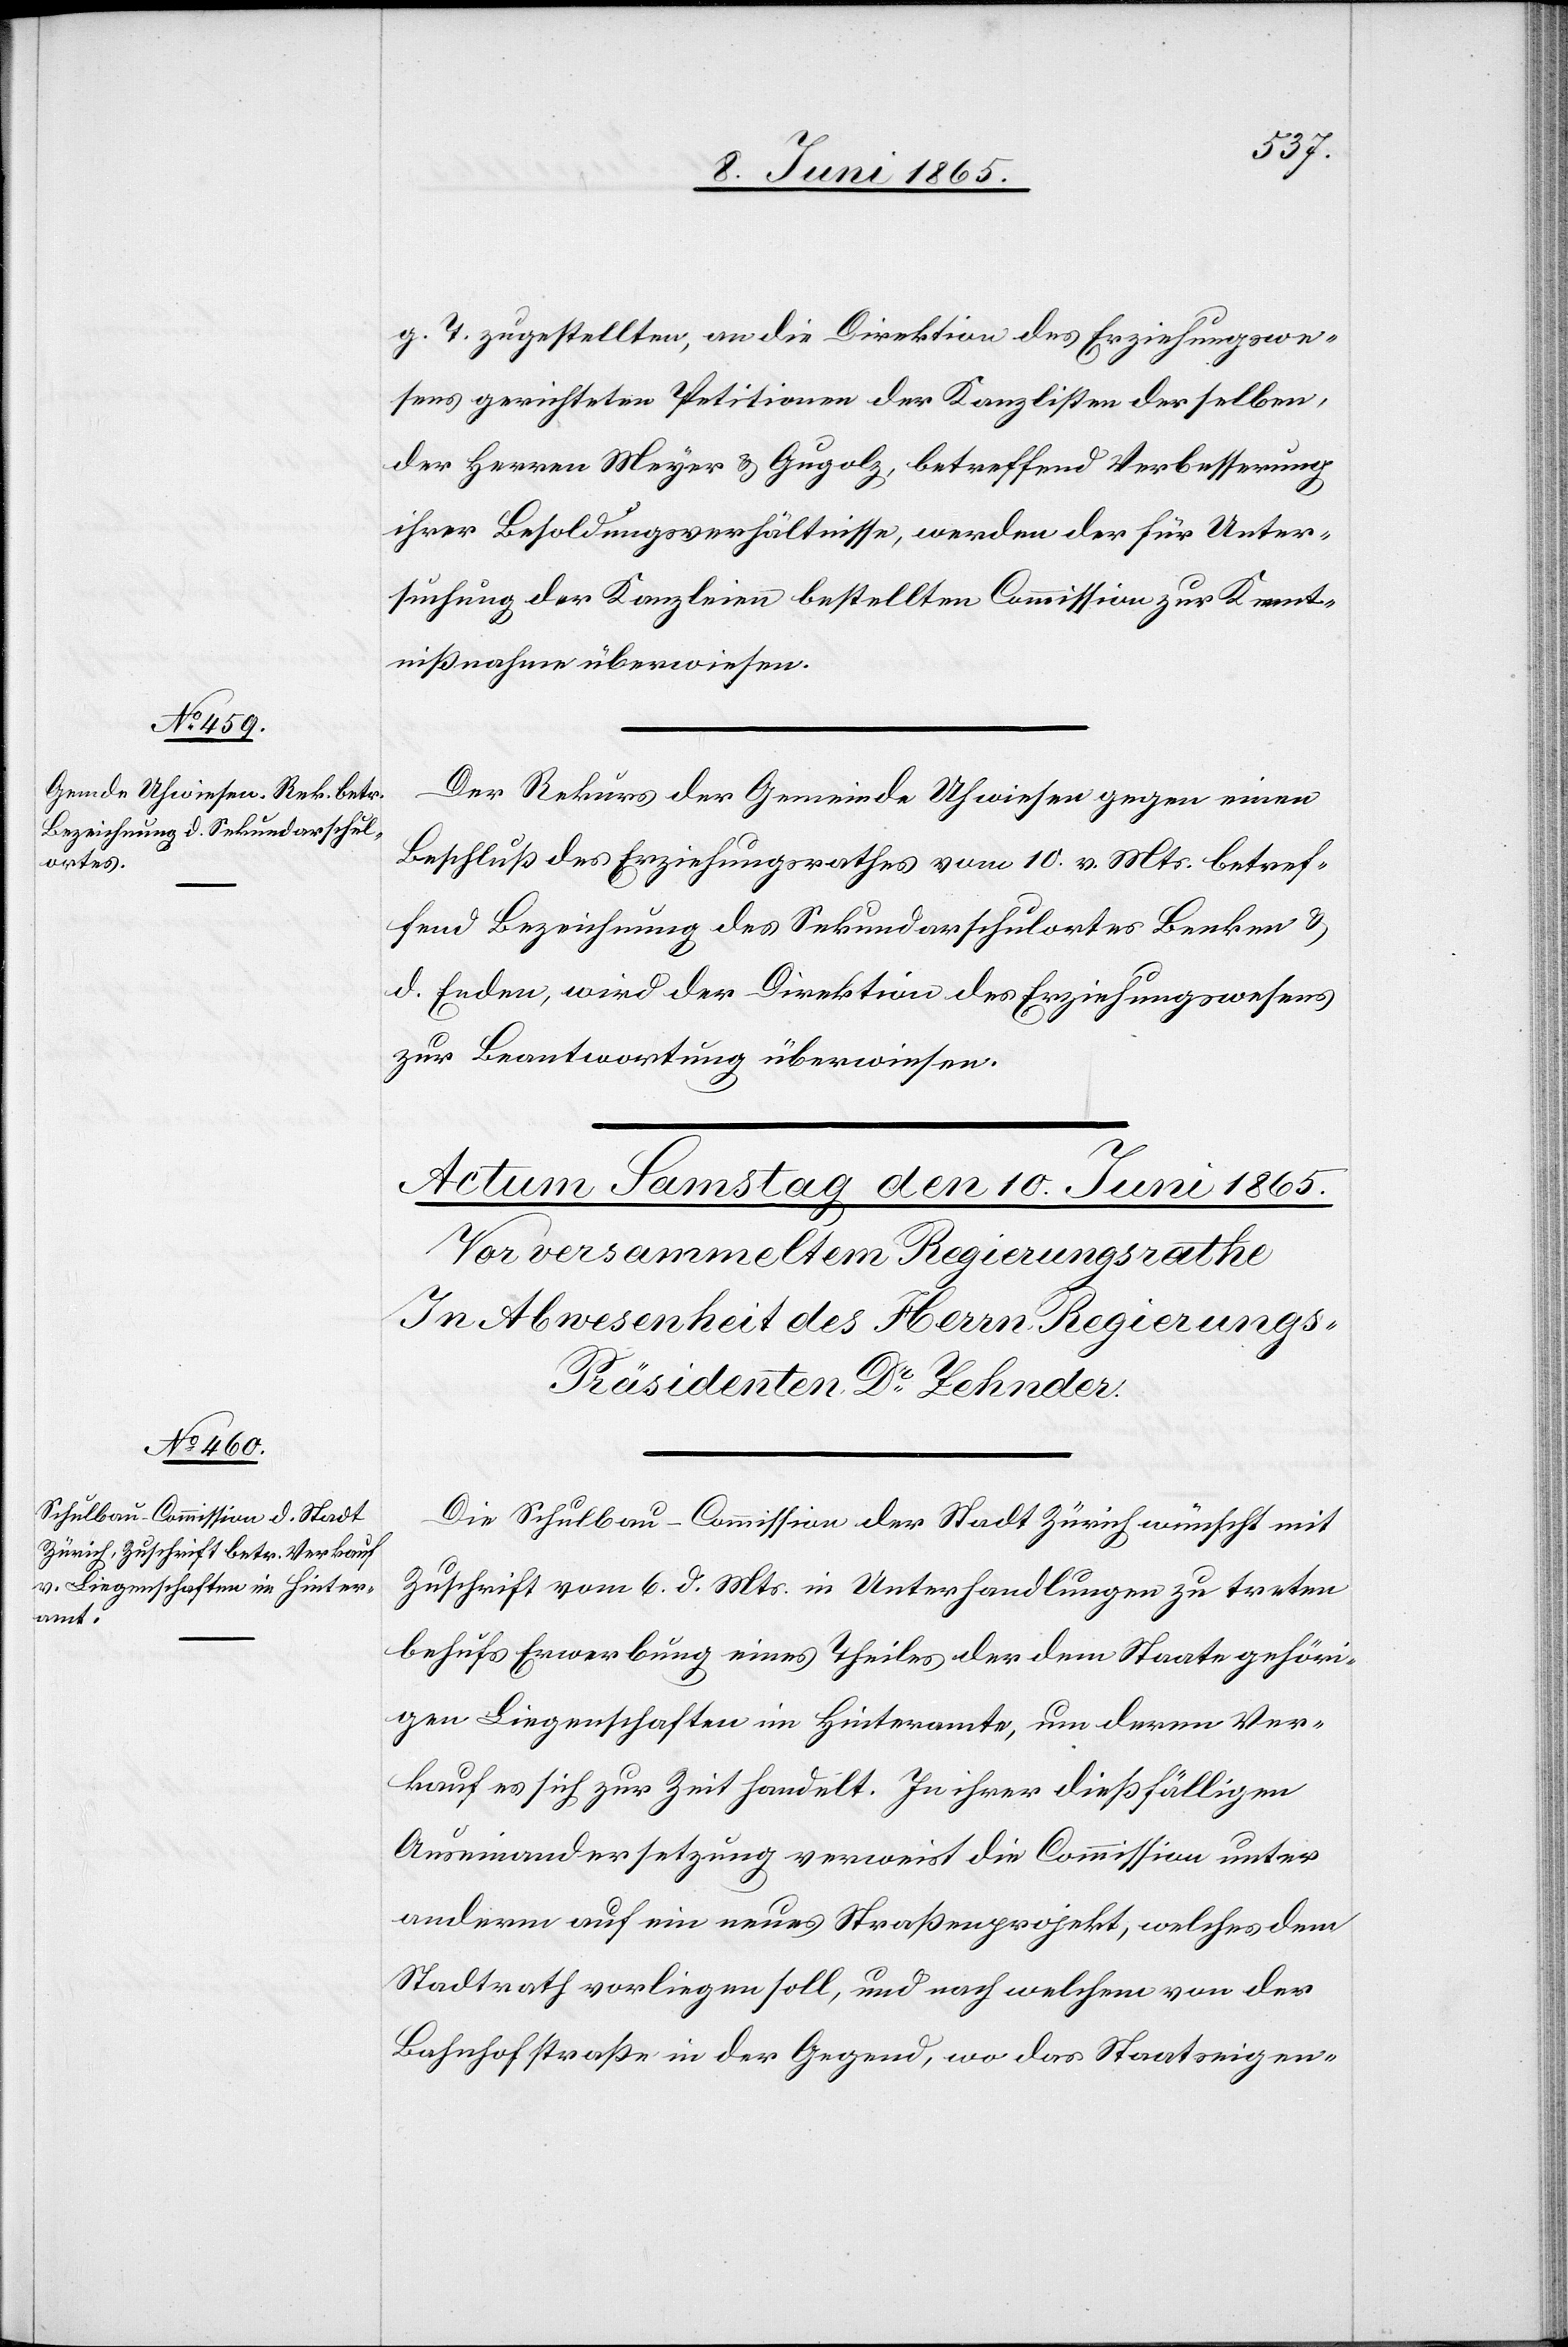
9. Juni 1865.]
g. T. zugestellten, an die Direktion des Erziehungswe¬
sens gerichteten Petitionen der Kanzlisten derselben,
der Herren Meyer & Gugolz, betreffend Verbesserung
ihrer Besoldungsverhältnisse, werden der für Unter¬
suchung der Kanzleien bestellten Commission zur Kennt¬
nißnahme überwiesen.
Der Rekurs der Gemeinde Uhweisen gegen einen
Beschluß des Erziehungsrathes vom 10. v. Mts. betref¬
fend Bezeichnung des Sekundarschulortes Benken &
d. Enden, wird der Direktion des Erziehungswesens
zur Beantwortung überwiesen.
Die Schulbau-Commission der Stadt Zürich wünscht mit
Zuschrift vom 6. d. Mts. in Unterhandlungen zu treten
behufs Erwerbung eines Theils der dem Staate gehöri¬
gen Liegenschaften im Hinteramte, um deren Ver¬
kauf es sich zur Zeit handelt. In ihrer dießfälligen
Auseinandersetzung verweist die Commission unter
anderm auf ein neues Straßenprojekt, welches dem
Stadtrath vorliegen soll, und nach welchem von der
Bahnhofstraße in der Gegend, wo das Staatseigen-